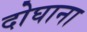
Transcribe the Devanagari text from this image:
दोघाना